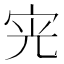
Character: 𭓪